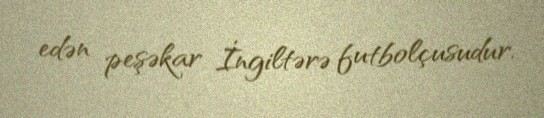
edən peşəkar İngiltərə futbolçusudur.